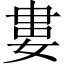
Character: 婁